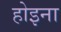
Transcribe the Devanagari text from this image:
होइना